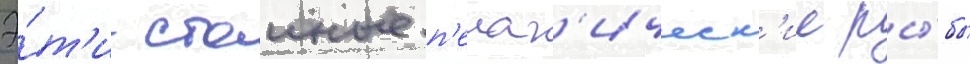
Э́т'и стаиные п'елаг'ическ'ие ры́бы